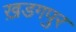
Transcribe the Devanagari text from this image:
ख़डगपुर